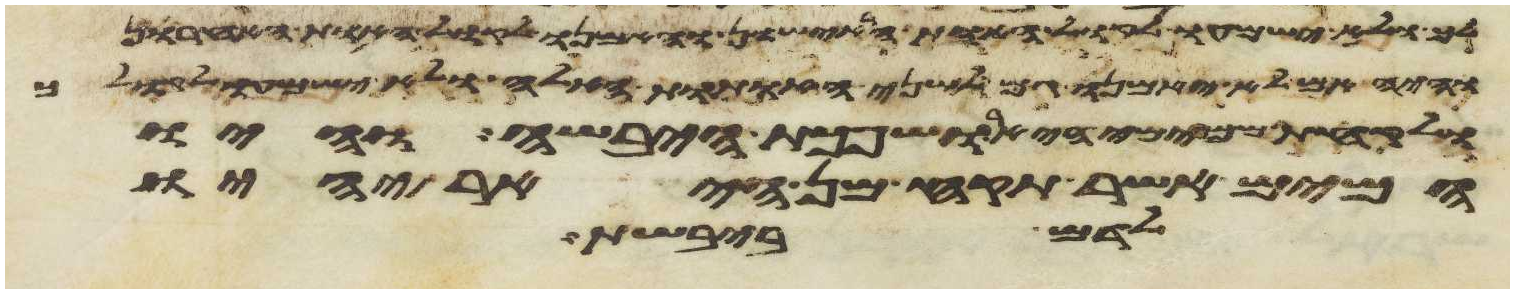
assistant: לך ולא ישמעו לקול האות הראישון והאמנו לקול האות האחרון
והיה אם לא יאמנו גם לשני האתות האלה ולא ישמעו לקולך
ולקחת ממימי היאר ושפכת היבשה והיו
המים אשר תקח מן היאר יהיו
לדם ביבשת